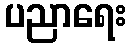
ပညာရေး